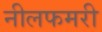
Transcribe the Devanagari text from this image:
नीलफमरी